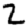
Digit: 2